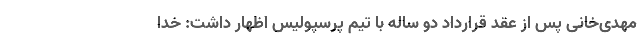
مهدی‌خانی پس از عقد قرارداد دو ساله با تیم پرسپولیس اظهار داشت: خدا